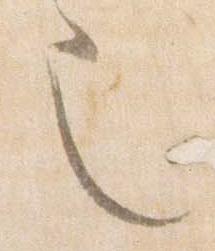
也